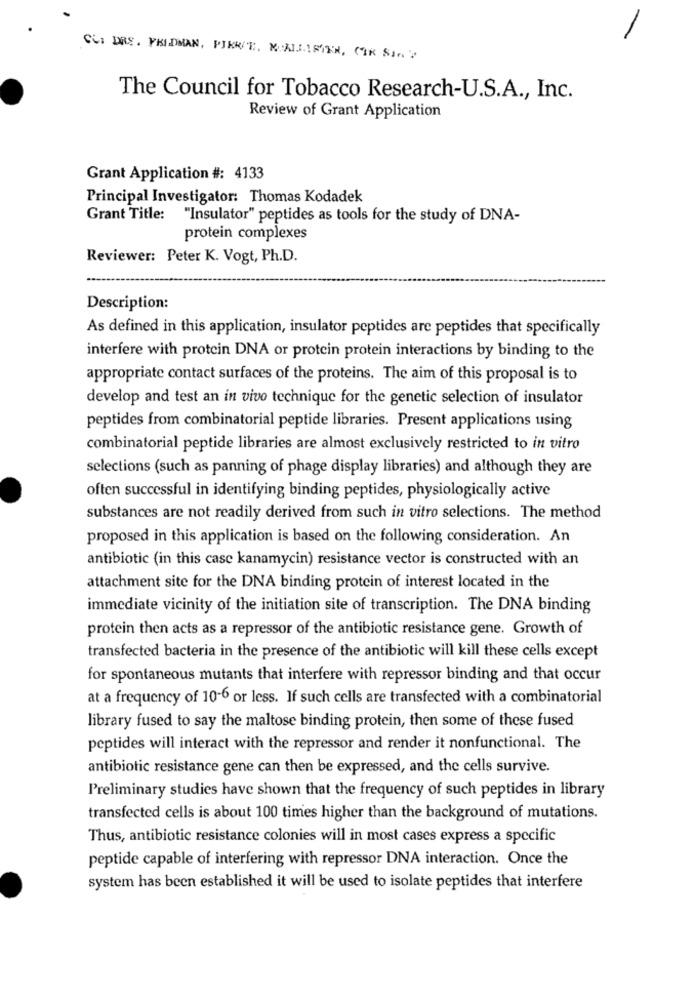
CC: DRS. PKIDMAN, PIKE/T. M.ALLISTEN, CAR SINY
The Council for Tobacco Research-U.S.A ., Inc.
Review of Grant Application
Grant Application #: 4133
Principal Investigator: Thomas Kodadek
Grant Title: "Insulator" peptides as tools for the study of DNA-
protein complexes
Reviewer: Peter K. Vogt, Ph.D.
Description:
As defined in this application, insulator peptides are peptides that specifically
interfere with protein DNA or protein protein interactions by binding to the
appropriate contact surfaces of the proteins. The aim of this proposal is to
develop and test an in vivo technique for the genetic selection of insulator
peptides from combinatorial peptide libraries. Present applications using
combinatorial peptide libraries are almost exclusively restricted to in vitro
selections (such as panning of phage display libraries) and although they are
often successful in identifying binding peptides, physiologically active
substances are not readily derived from such in vitro selections. The method
proposed in this application is based on the following consideration. An
antibiotic (in this case kanamycin) resistance vector is constructed with an
attachment site for the DNA binding protein of interest located in the
immediate vicinity of the initiation site of transcription. The DNA binding
protein then acts as a repressor of the antibiotic resistance gene. Growth of
transfected bacteria in the presence of the antibiotic will kill these cells except
for spontaneous mutants that interfere with repressor binding and that occur
at a frequency of 10-6 or less. If such cells are transfected with a combinatorial
library fused to say the maltose binding protein, then some of these fused
peptides will interact with the repressor and render it nonfunctional. The
antibiotic resistance gene can then be expressed, and the cells survive.
Preliminary studies have shown that the frequency of such peptides in library
transfected cells is about 100 times higher than the background of mutations.
Thus, antibiotic resistance colonies will in most cases express a specific
peptide capable of interfering with repressor DNA interaction. Once the
system has been established it will be used to isolate peptides that interfere